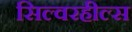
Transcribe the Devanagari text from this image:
सिल्वरहील्स